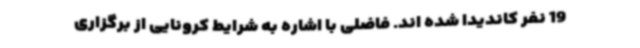
19 نفر کاندیدا شده اند. فاضلی با اشاره به شرایط کرونایی از برگزاری